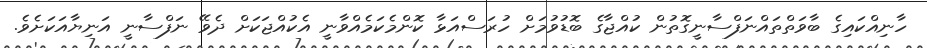
ހާނިއްކައިގެ ބާވަތްތައްނަފްސާނީގޮތުން ކުއްޖާގެ ބޮޑުވުމަށް ހުރަސްއަޅާ ކޮންމެކަމެއްވާނީ އެކުއްޖަކަށް ދެވޭ ނަފްސާނީ އަނިޔާއަކަށެވެ.